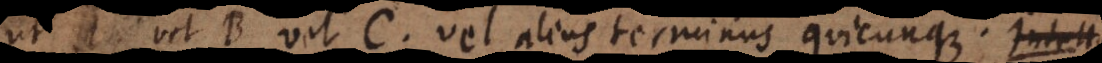
ut A, vel B vel C, vel alius terminus quicunque. Intelli